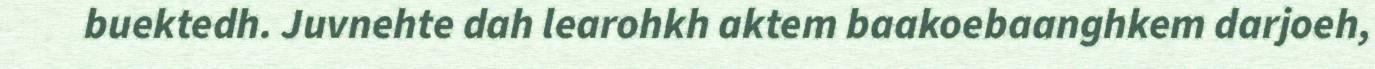
buektedh. Juvnehte dah learohkh aktem baakoebaanghkem darjoeh,